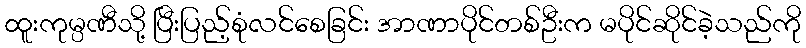
ထူးကုမ္ပဏီသို့ ပြီးပြည့်စုံလင်စေခြင်း အာဏာပိုင်တစ်ဦးက မပိုင်ဆိုင်ခဲ့သည်ကို